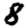
Digit: 8